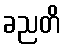
ခညတိ